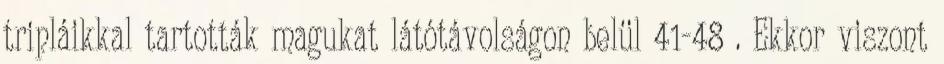
tripláikkal tartották magukat látótávolságon belül 41-48 . Ekkor viszont